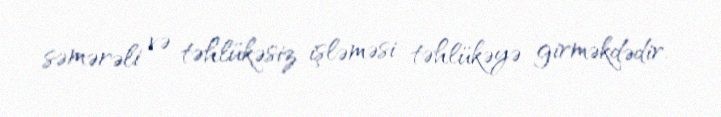
səmərəli və təhlükəsiz işləməsi təhlükəyə girməkdədir.